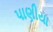
પાણીયા